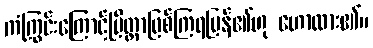
ကံကြွင်းကြောင့်ပြိတ္တာဖြစ်ကြရပြန်၏ဟု ဟောထား၏။